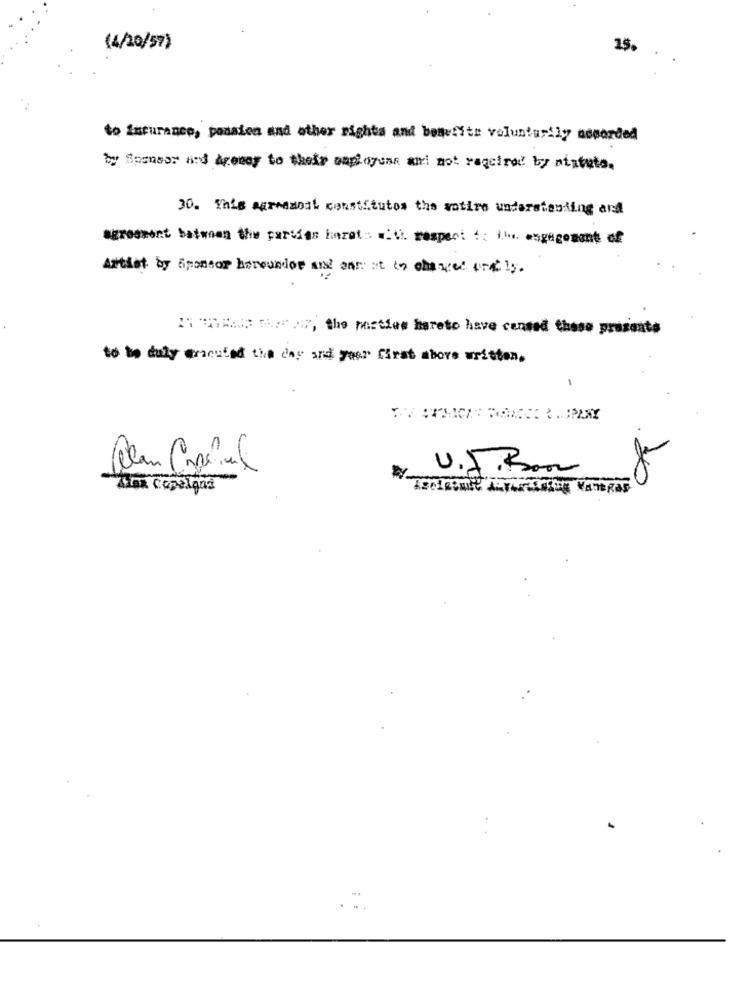
(4/20/57)
15.
to insurance, ponaten and other rights and benefits voluntarily accorded
by Somnoor and Aremay to their employees and not required by niatuto.
30. This agramost constitutes the sotire understanding and
agreement between the partias harat: with respect :: ibe. engagement of
Artist by Sponsor harcandor ars annat to chanced orally.
INTHEIR Bez :, the pastles bareto have canned those presente
to be duly Cracuted the day and yas" first above written.
1
U.J. Boor
8
Tina Copelgas